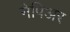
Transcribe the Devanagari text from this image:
नेपिअर